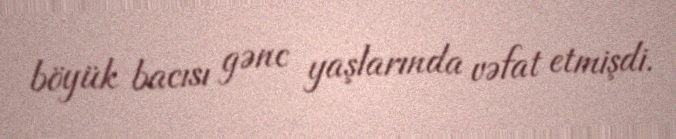
böyük bacısı gənc yaşlarında vəfat etmişdi.